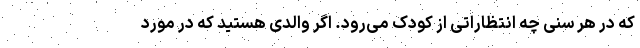
که در هر سنی چه انتظاراتی از کودک می‌رود. اگر والدی هستید که در مورد